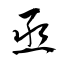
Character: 丞